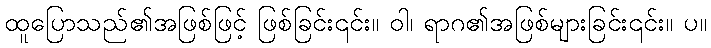
ထူပြောသည်၏အဖြစ်ဖြင့် ဖြစ်ခြင်း၎င်း။ ဝါ၊ ရာဂ၏အဖြစ်များခြင်း၎င်း။ ပ။